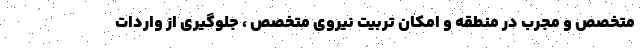
متخصص و مجرب در منطقه و امکان تربیت نیروی متخصص ، جلوگیری از واردات